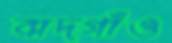
বাদগাঁও